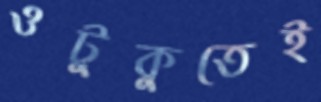
ওটুকুতেই